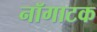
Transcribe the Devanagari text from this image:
नॉगाटक